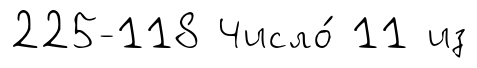
225-118 Число́ 11 из